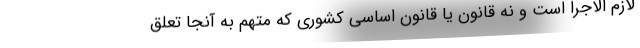
لازم الاجرا است و نه قانون یا قانون اساسی کشوری که متهم به آنجا تعلق